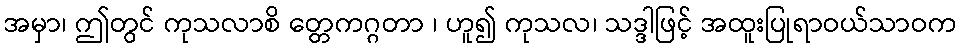
အမှာ၊ ဤတွင် ကုသလာစိ တ္တေကဂ္ဂတာ ၊ ဟူ၍ ကုသလ၊ သဒ္ဒါဖြင့် အထူးပြုရာဝယ်သာဝက